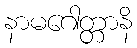
နာမဂေါတ္တာနိ